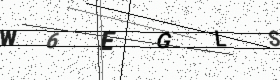
Text: W6EGLS